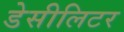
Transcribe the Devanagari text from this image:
डेसीलिटर